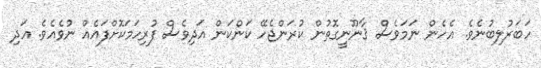
ހަބަރުލިބުނެވެ. އެހެން ނަމަވެސް ޤާނޫނީގޮތުން ކުރަންޖެހޭ ކަންކަން އަދިވެސް ފުރިހަމަކޮށްފައެއް ނުވެއެވެ. އަދި